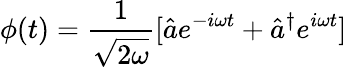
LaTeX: \phi(t)=\frac{1}{\sqrt{2\omega}}[\hat{a}e^{-i\omega t}+\hat{a}^{\dagger}e^{i\omega t}]